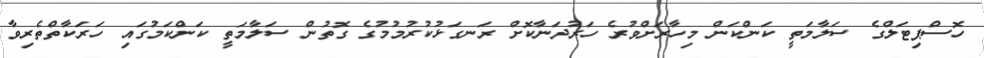
ހޮސްޕިޓަލްގެ ސަލާމަތީ ކަންކަން މިހާރަށްވުރެ ހަރުދަނާކޮށް ރަނގަޅުކުރުމުމުގެ ގޮތުން ސަލާމަތީ ކަންކަމުގައި ހަރަކާތްތެރިވާ